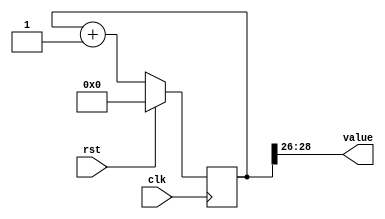
/*
   This file was generated automatically by the Mojo IDE version B1.3.6.
   Do not edit this file directly. Instead edit the original Lucid source.
   This is a temporary file and any changes made to it will be destroyed.
*/

/*
   Parameters:
     SIZE = 3
     DIV = 26
     TOP = 0
     UP = 1
*/
module counter_5 (
    input clk,
    input rst,
    output reg [2:0] value
  );
  
  localparam SIZE = 2'h3;
  localparam DIV = 5'h1a;
  localparam TOP = 1'h0;
  localparam UP = 1'h1;
  
  
  reg [28:0] M_ctr_d, M_ctr_q = 1'h0;
  
  localparam MAX_VALUE = 27'h3ffffff;
  
  always @* begin
    M_ctr_d = M_ctr_q;
    
    value = M_ctr_q[26+2-:3];
    if (1'h1) begin
      M_ctr_d = M_ctr_q + 1'h1;
      if (1'h0 && M_ctr_q == 27'h3ffffff) begin
        M_ctr_d = 1'h0;
      end
    end else begin
      M_ctr_d = M_ctr_q - 1'h1;
      if (1'h0 && M_ctr_q == 1'h0) begin
        M_ctr_d = 27'h3ffffff;
      end
    end
  end
  
  always @(posedge clk) begin
    if (rst == 1'b1) begin
      M_ctr_q <= 1'h0;
    end else begin
      M_ctr_q <= M_ctr_d;
    end
  end
  
endmodule